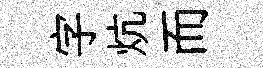
字炕而